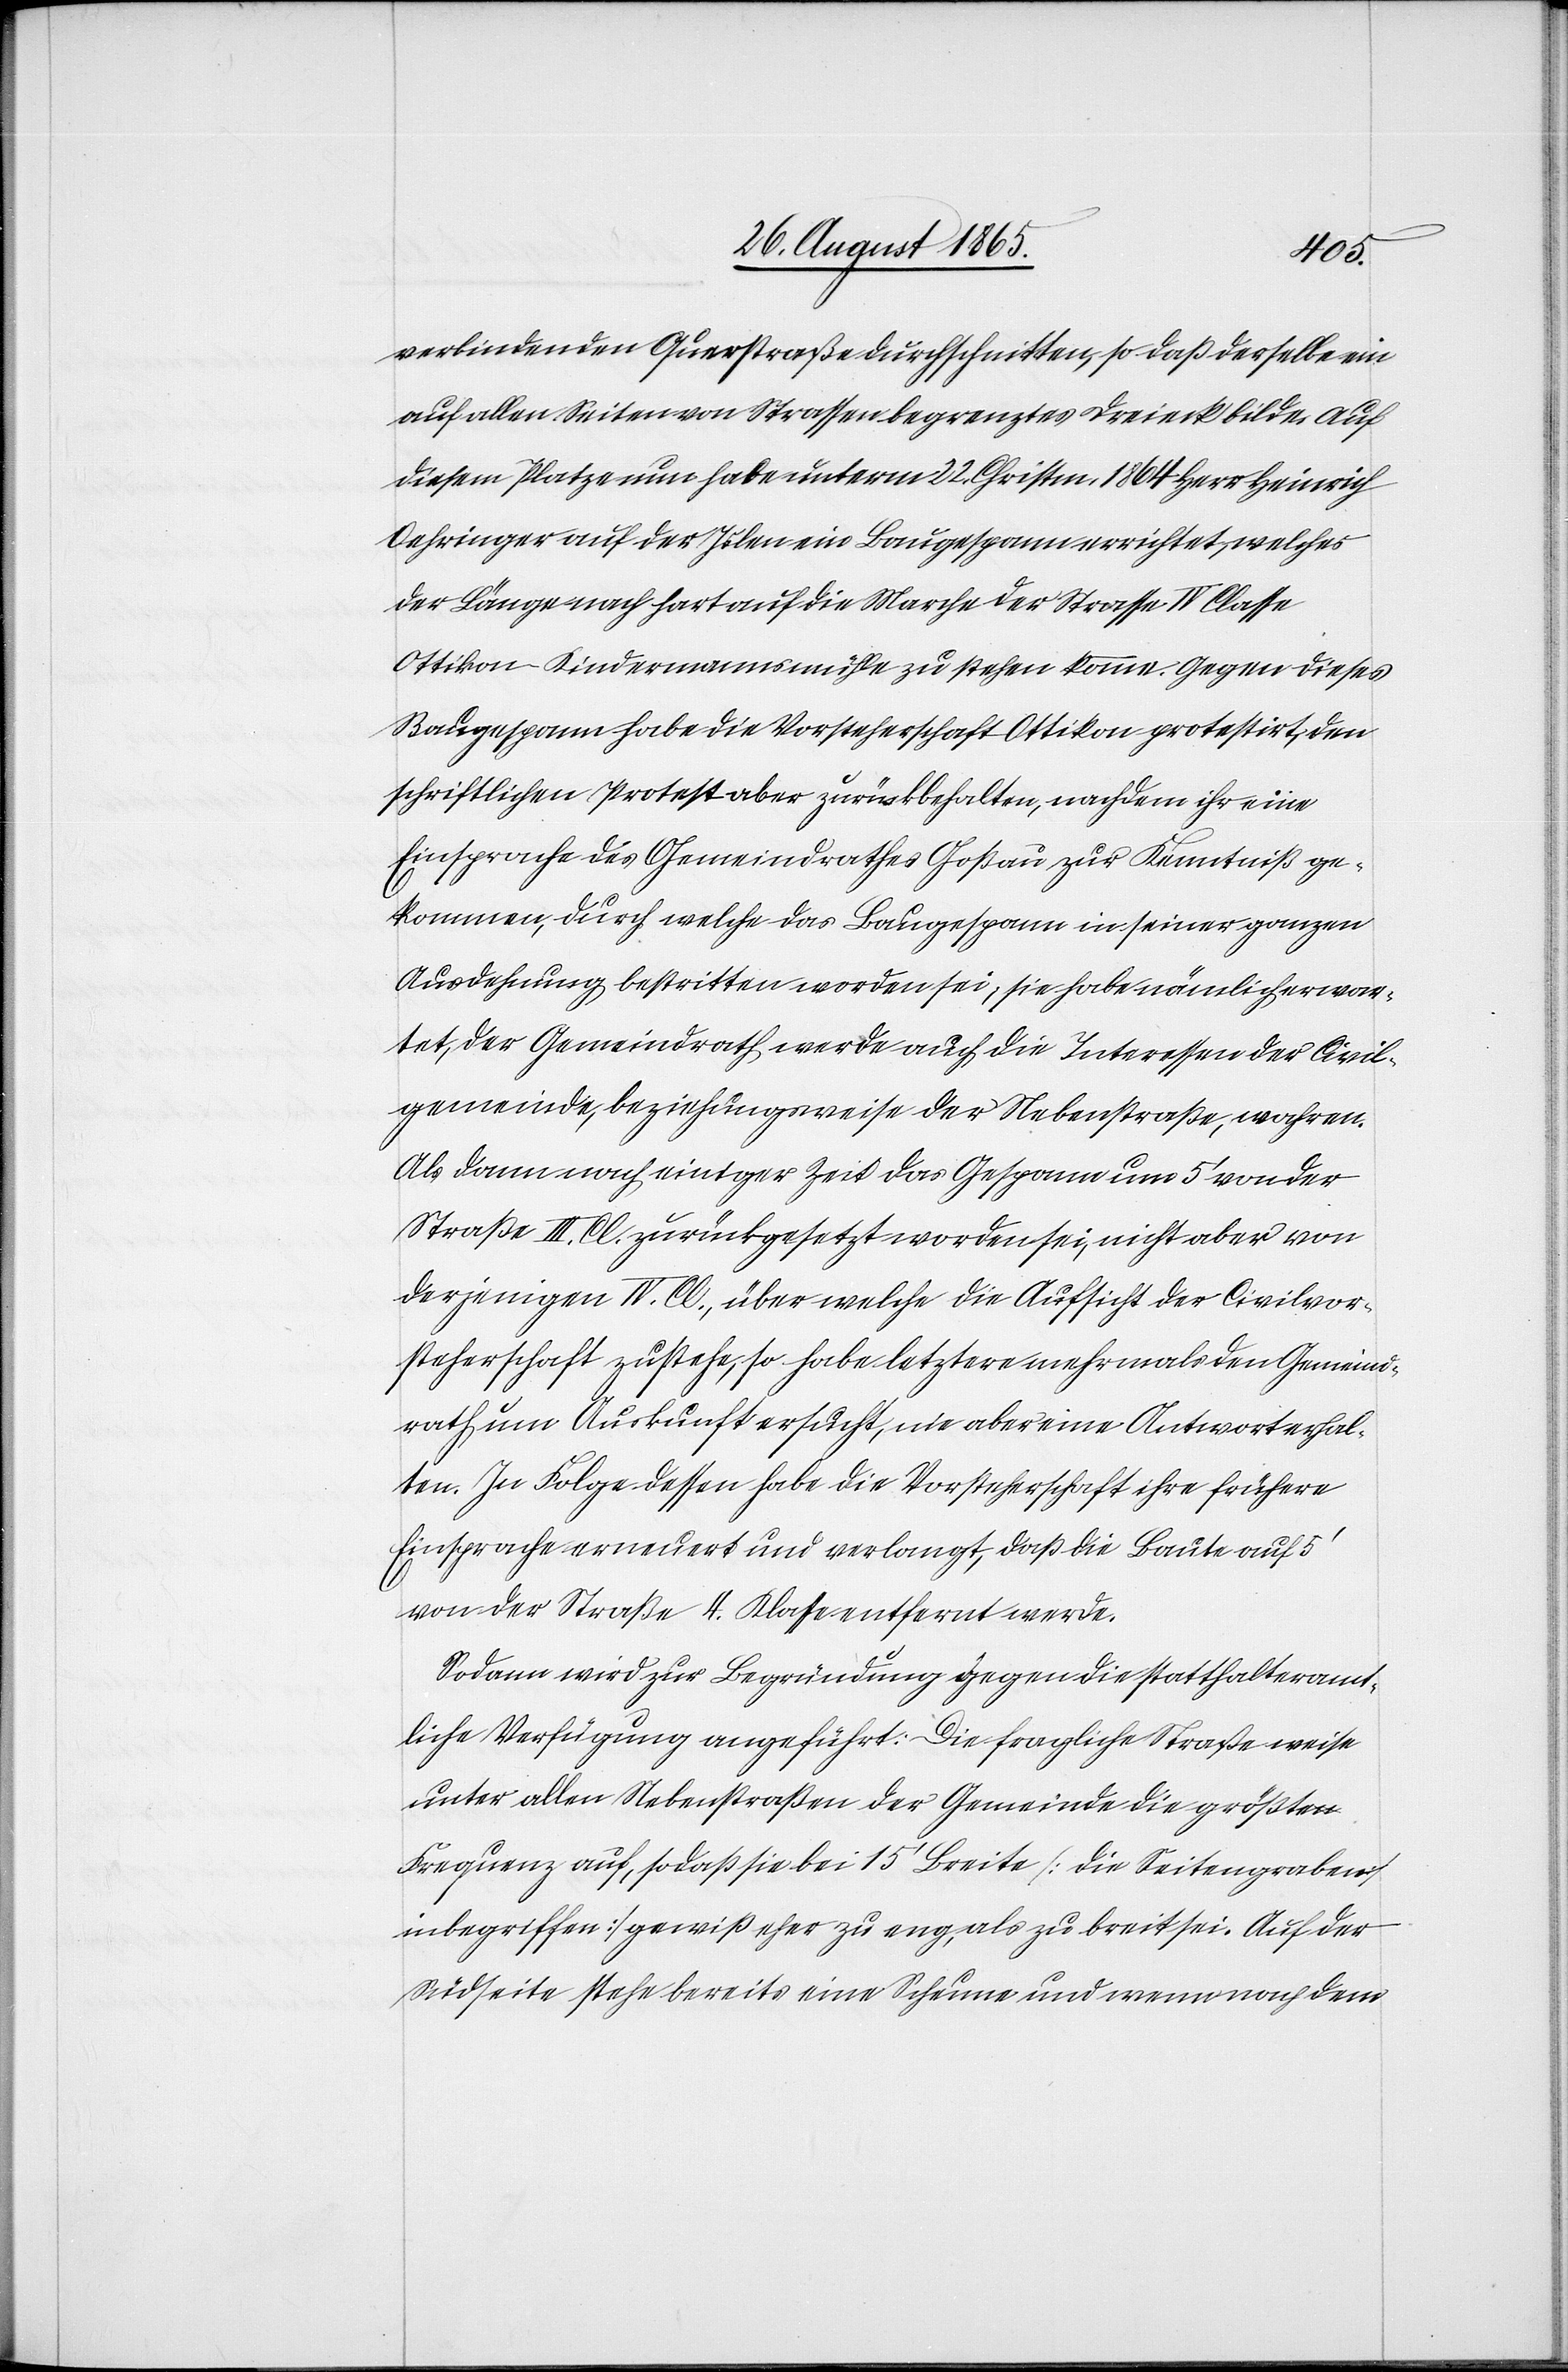
verbindenden Querstraße durchschnitten, so daß derselbe ein
auf allen Seiten von Strassen begrenztes Dreieck bilde. Auf
diesem Platze nun habe unterm 22. Christm. 1864 Herr Heinrich
Oehringer auf der Islen ein Baugespann errichtet, welches
der Länge nach hart auf die Marche der Strasse IV. Classe
Ottikon–Kindermannsmühle zu stehen komme. Gegen dieses
Baugespann habe die Vorsteherschaft Ottikon protestirt, den
schriftlichen Protest zurückbehalten, nachdem ihr eine
Einsprache des Gemeindrathes Goßau zur Kenntniß ge¬
kommen, durch welche das Baugespann in seiner ganzen
Ausdehnung bestritten worden sei, sie habe nämlich erwar¬
tet, der Gemeindrath werde auch die Interessen der Civil¬
gemeinde, beziehungsweise der Nebenstraße, wahren.
Als dann nach einiger Zeit das Gespann um 5’ von der
Straße III. Cl. zurückgesetzt worden sei, nicht aber von
derjenigen IV. Cl., über welche die Aufsicht der Civilvor¬
steherschaft zustehe, so habe letztere mehrmals den Gemeind¬
rath um Auskunft ersucht, nie aber eine Antwort erhal¬
ten. In Folge dessen habe die Vorsteherschaft ihre frühere
Einsprache erneuert und verlangt, daß die Baute auf 5’
von der Straße 4. Klasse entfernt werde.
Sodann wird zur Begründung gegen die statthalteramt¬
liche Verfügung angeführt: Die fragliche Straße weise
unter allen Nebenstraßen der Gemeinde die größte
Frequenz auf, sodaß sie bei 15’ Breite [die Seitengraben
inbegriffen] gewiß eher zu eng, als zu breit sei. Auf der
Südseite stehe bereits eine Scheune und wenn nach dem